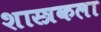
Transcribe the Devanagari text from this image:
शास्त्रकला